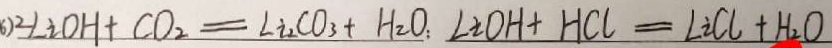
6 ) 2 L i O H + C O _ { 2 } = L i _ { 2 } C O _ { 3 } + H _ { 2 } O : L i O H + H C l = L i C l + H _ { 2 } O